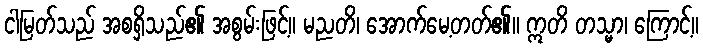
ငါမြတ်သည် အစရှိသည်၏ အစွမ်းဖြင့်။ မညတိ၊ အောက်မေ့တတ်၏။ ဣတိ တသ္မာ၊ ကြောင့်။